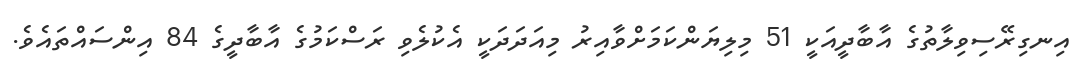
އިނގިރޭސިވިލާތުގެ އާބާދީއަކީ 51 މިލިޔަންކަމަށްވާއިރު މިއަދަދަކީ އެކުލެވި ރަސްކަމުގެ އާބާދީގެ 84 އިންސައްތައެވެ.